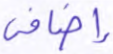
إضافي